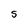
Character: S